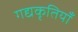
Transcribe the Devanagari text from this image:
गद्यकृतियाँ